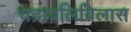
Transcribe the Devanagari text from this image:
चद्रावलिविलास